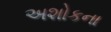
અશોકના